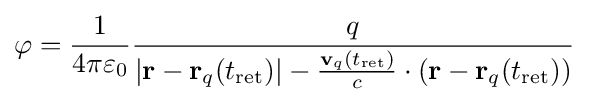
\varphi ={\frac {1}{4\pi \varepsilon _{0}}}{\frac {q}{\left|\mathbf {r} -\mathbf {r} _{q}(t_{\rm {ret}})\right|-{\frac {\mathbf {v} _{q}(t_{\rm {ret}})}{c}}\cdot (\mathbf {r} -\mathbf {r} _{q}(t_{\rm {ret}}))}}